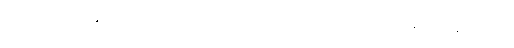
အဲဒီမြို့လေးနှစ်မြို့အလယ်မှာ မြစ်တစင်းကသွယ်ဝိုက်စီးဆင်းနေတယ်။